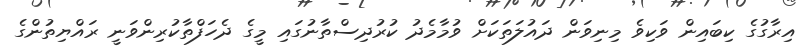
އިރާގުގެ ކިބައިން ވަކިވެ މިނިވަން ދައުލަތަކަށް ވުމާމެދު ކުރުދިސްތާނުގައި މީގެ ދެހަފްތާކުރިންވަނީ ރައްޔިތުންގެ